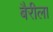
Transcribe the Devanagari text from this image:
बैरीला